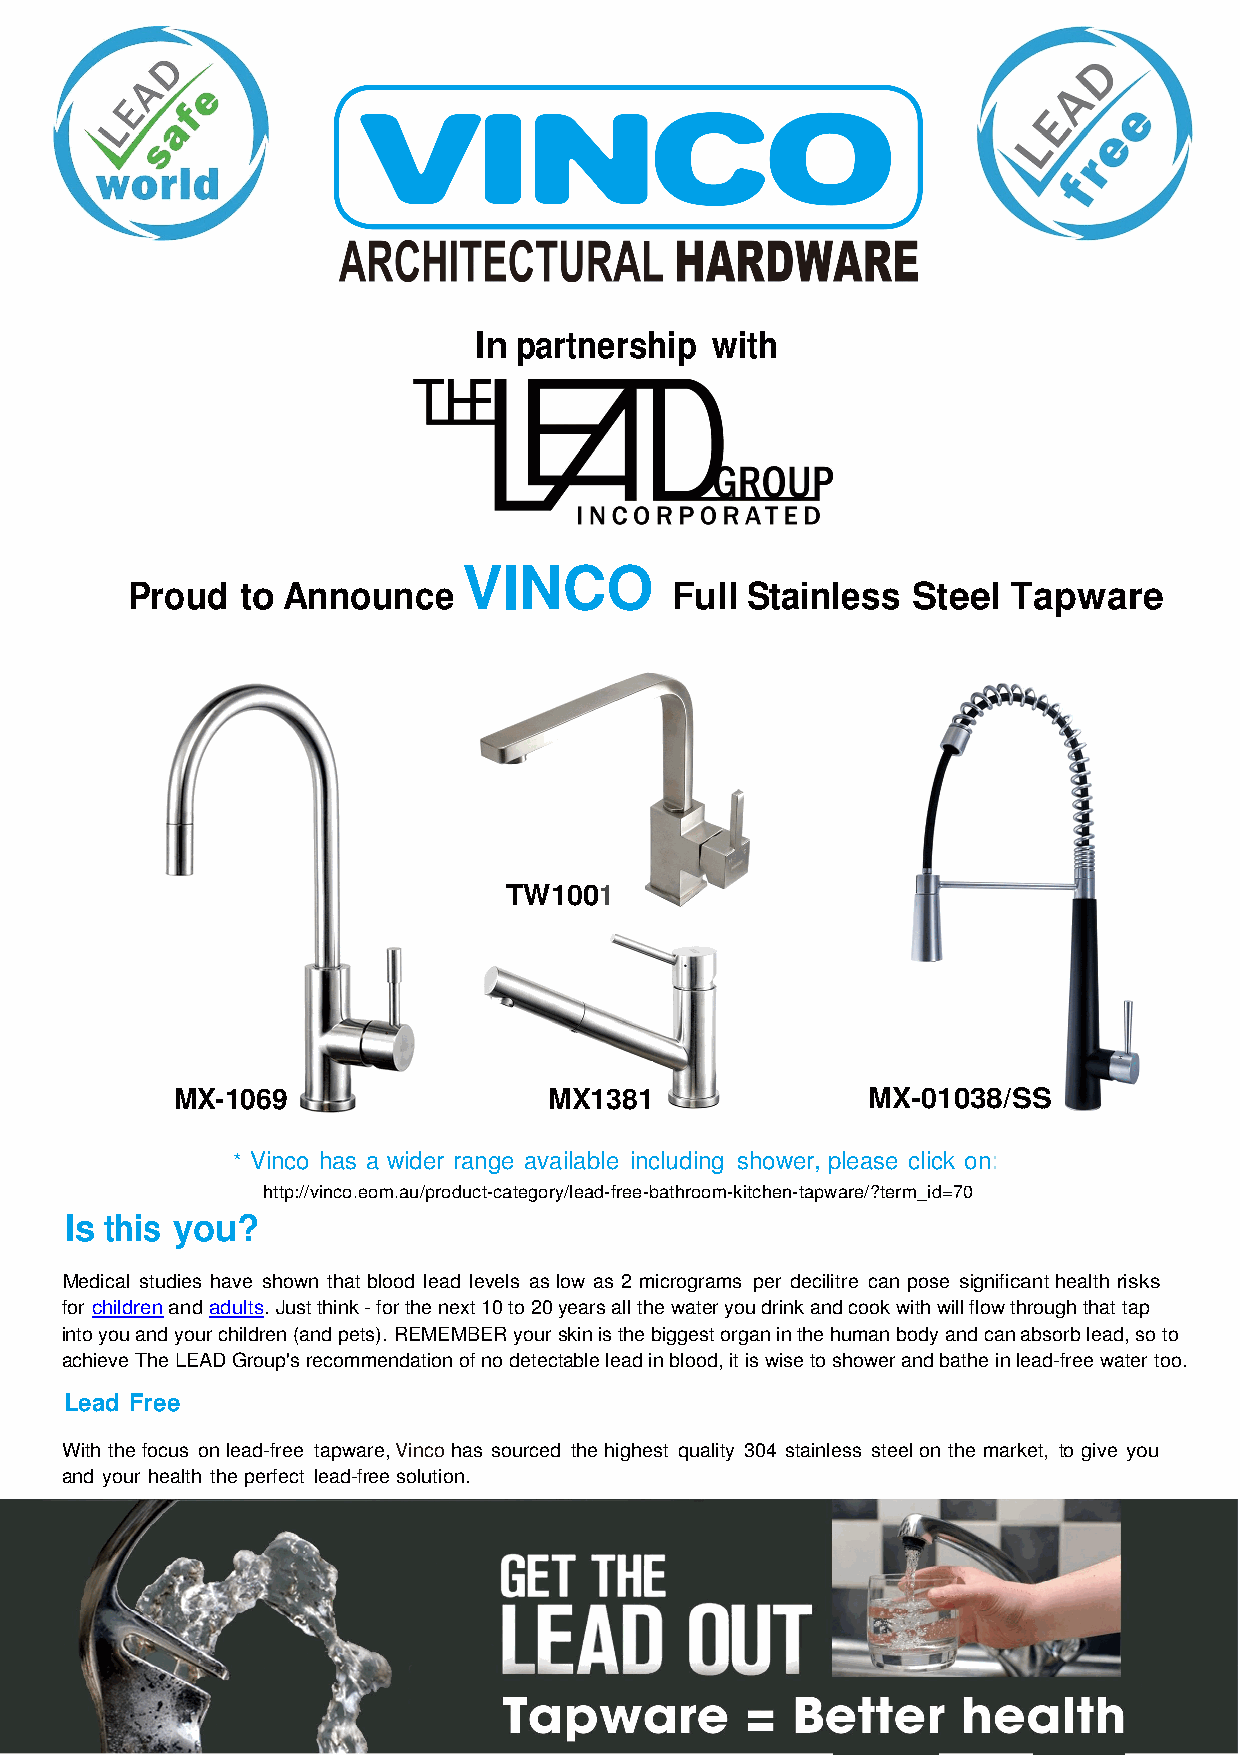
In partnership  with
 VINCO
 Proud   to Announce                 Full Stainless  Steel  Tapware
 TW1001
 MX-1069                 MX1381               MX-01038/SS
 * Vinco has a wider range available including shower, please click on:
 http://vinco.eom.au/product-category/lead-free-bathroom-kitchen-tapware/?term_id=70
 Is this you?
 Medical studies have shown that blood lead levels as low as 2 micrograms per decilitre can pose significant health risks
 for children and adults. Just think - for the next 10 to 20 years all the water you drink and cook with will flow through that tap
 into you and your children (and pets). REMEMBER your skin is the biggest organ in the human body and can absorb lead, so to
 achieve The LEAD Group's recommendation of no detectable lead in blood, it is wise to shower and bathe in lead-free water too.
 Lead Free
 With the focus on lead-free tapware, Vinco has sourced the highest quality 304 stainless steel on the market, to give you
 and your health the perfect lead-free solution.